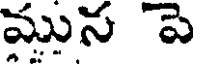
మున పె